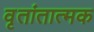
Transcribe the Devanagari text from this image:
वृतांतात्मक